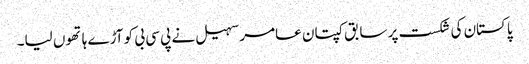
پاکستان کی شکست پر سابق کپتان عامر سہیل نے پی سی بی کو آڑے ہاتھوں لیا۔